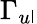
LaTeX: \Gamma_{u\mathsf{l}}